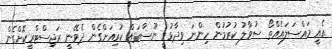
އެއީ މައްސަލައެއްތޯ ސުވާލު ކުރުމުން ހިންނަ ވިދާޅުވީ ނޫސްތައް ކުރިއަށްގެން ދެވޭނީ ރަޖިސްޓްރީކޮށްގެން